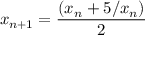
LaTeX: x _ { n + 1 } = { \frac { ( x _ { n } + 5 / x _ { n } ) } { 2 } }